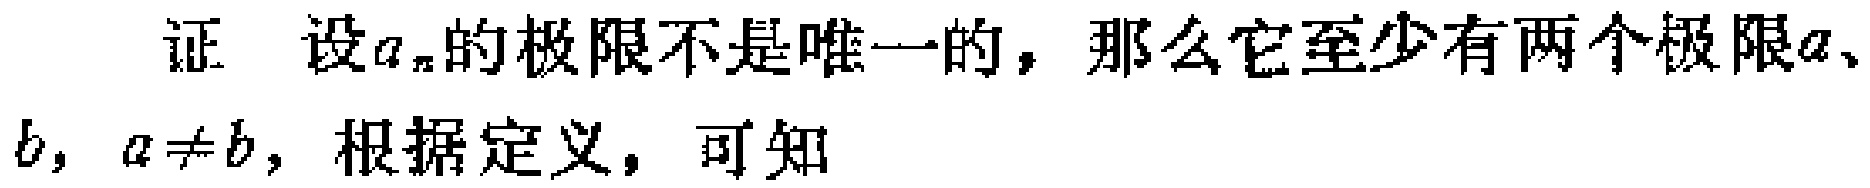
证 设$a_{n}$的极限不是唯一的，那么它至少有两个极限$a、b，a\neq b$，根据定义，可知